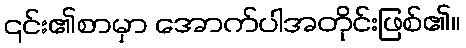
၎င်း၏စာမှာ အောက်ပါအတိုင်းဖြစ်၏။